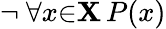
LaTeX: \lnot\ \forall{x}{\in}\mathbf{X}\, P(x)